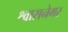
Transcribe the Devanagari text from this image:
श्वासनेगर